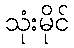
သုံးမိုင်